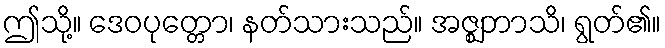
ဤသို့။ ဒေဝပုတ္တော၊ နတ်သားသည်။ အဇ္ဈဘာသိ၊ ရွတ်၏။